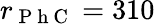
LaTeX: r_{\mathrm{~P~h~C~}}=310